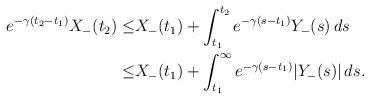
LaTeX: \begin{align*}e^{-\gamma (t_2-t_1)}X_-(t_2)\leq &X_-(t_1)+\int_{t_1}^{t_2} e^{-\gamma (s-t_1)} Y_-(s)\, ds \\\leq & X_-(t_1)+\int_{t_1}^{\infty} e^{-\gamma (s-t_1)} |Y_-(s)|\, ds.\end{align*}